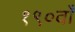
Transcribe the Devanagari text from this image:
१९०वाँ